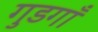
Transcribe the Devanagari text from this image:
गुडगाँ